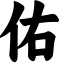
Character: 佑